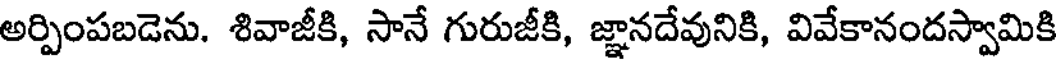
అర్పింపబడెను. శివాజీకి, సానే గురుజీకి, జ్ఞానదేవునికి, వివేకానందస్వామికి